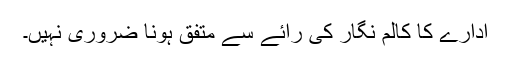
ادارے کا کالم نگار کی رائے سے متفق ہونا ضروری نہیں۔